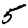
Digit: 5